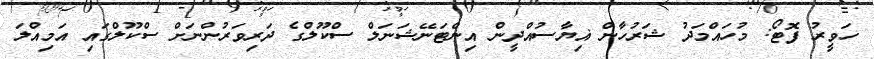
ހަވީރު ފޮޓޯ: މުހައްމަދު ޝަރުހާން ޣިޔާސުއްދީން އިންޓަނޭޝަނަލް ސްކޫލްގެ ދަރިވަރުންނަށް ސްކޫލްގައި އަމިއްލަ